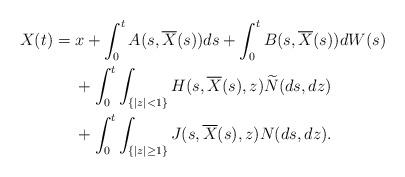
LaTeX: \begin{align*} X(t)&= x+\int_0^t A(s,\overline{X}(s))ds+\int_0^t B(s,\overline{X}(s))dW(s) \\ &\quad\ +\int_0^t \int_{\{|z|<1\}} H(s,\overline{X}(s),z)\widetilde{N}(ds,dz)\\&\quad\ +\int_0^t\int_{\{|z|\ge1\}} J(s,\overline{X}(s),z)N(ds,dz).\end{align*}